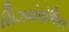
સિઝમોલોજિકલ